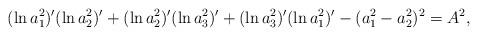
LaTeX: \begin{align*}(\ln a_1^2)^{\prime} (\ln a_2^2)^{\prime}+ (\ln a_2^2)^{\prime} (\ln a_3^2)^{\prime}+ (\ln a_3^2)^{\prime} (\ln a_1^2)^{\prime}-(a_1^2-a_2^2)^2=A^2, \end{align*}